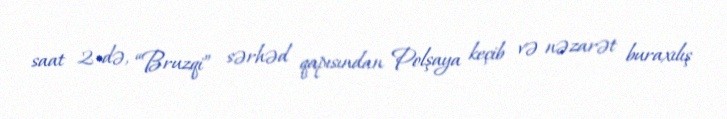
saat 2-də, “Bruzqi” sərhəd qapısından Polşaya keçib və nəzarət buraxılış